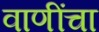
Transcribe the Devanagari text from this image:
वाणींचा